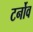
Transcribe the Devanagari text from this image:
टर्नोव